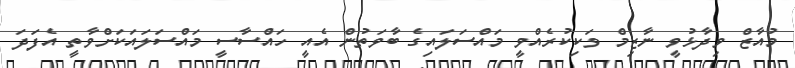
މުއާޒް ވިދާޅުވީ ނާޒިމް ވަކިކުރެއްވީ މައްސަލައިގެ ބާވަތުން އެއީ ހައްސާސީ މައްސަލައަކަށްވާތީ އެފަދަ